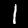
Label: 1